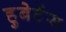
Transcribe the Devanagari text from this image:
हुबेर्टस